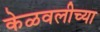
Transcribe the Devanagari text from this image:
केळवलीच्या